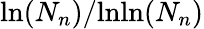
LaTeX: \mathrm{ln}(N_{n})/\mathrm{lnln}(N_{n})